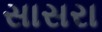
સાસરા